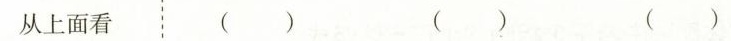
从上面看 ( ) ( ) ()